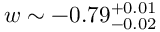
w \sim - 0 . 7 9 _ { - 0 . 0 2 } ^ { + 0 . 0 1 }